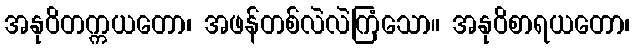
အနုဝိတက္ကယတော၊ အဖန်တစ်လဲလဲကြံသော။ အနုဝိစာရယတော၊